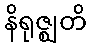
နိရုဇ္ဈတိ